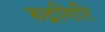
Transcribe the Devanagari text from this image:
रुद्रगिरि